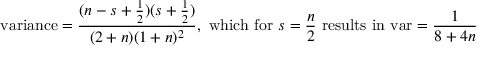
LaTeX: { \mathrm { v a r i a n c e } } = { \frac { ( n - s + { \frac { 1 } { 2 } } ) ( s + { \frac { 1 } { 2 } } ) } { ( 2 + n ) ( 1 + n ) ^ { 2 } } } , { \mathrm { ~ w h i c h ~ f o r ~ } } s = { \frac { n } { 2 } } { \mathrm { ~ r e s u l t s ~ i n ~ v a r } } = { \frac { 1 } { 8 + 4 n } }